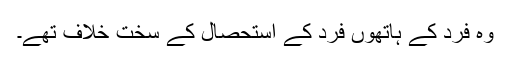
وہ فرد کے ہاتھوں فرد کے استحصال کے سخت خلاف تھے۔